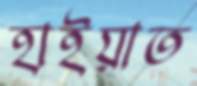
হাইয়াত